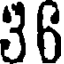
36